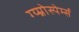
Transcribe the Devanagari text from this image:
ग्य्म्नोस्पेर्म्स